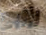
رابع